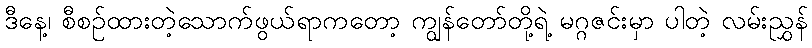
ဒီနေ့၊ စီစဉ်ထားတဲ့သောက်ဖွယ်ရာကတော့ ကျွန်တော်တို့ရဲ့ မဂ္ဂဇင်းမှာ ပါတဲ့ လမ်းညွှန်